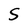
Character: S